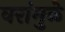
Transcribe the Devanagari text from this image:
वरांमुळे